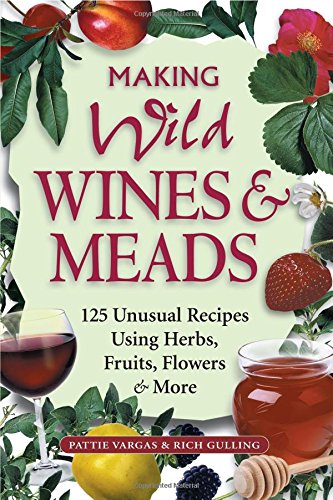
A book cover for Making Wild Wines & Meads: 125 Unusual Recipes Using Herbs, Fruits, Flowers & More; Rich Gulling; Cookbooks, Food & Wine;